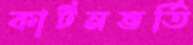
কার্টনভর্তি